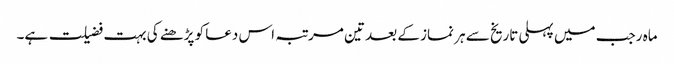
ماہ رجب میں پہلی تاریخ سے ہر نماز کے بعد تین مرتبہ اس دعا کو پڑھنے کی بہت فضیلت ہے۔